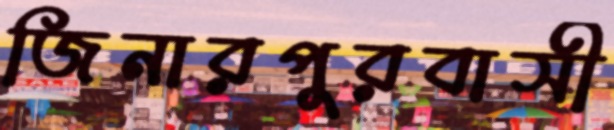
জিনারপুরবাসী